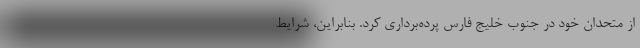
از متحدان خود در جنوب خلیج فارس پرده‌برداری کرد. بنابراین، شرایط